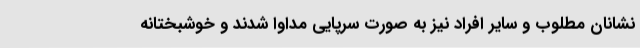
نشانان مطلوب و سایر افراد نیز به صورت سرپایی مداوا شدند و خوشبختانه